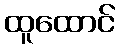
ထူထောင်